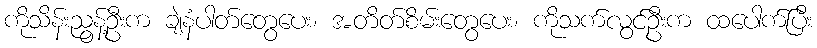
ကိုသိန်းညွန့်ဦးက ချဲနံပါတ်တွေပေး၊ အတိတ်စိမ်းတွေပေး၊ ကိုသက်လွင်ဦးက ထပေါက်ပြီး